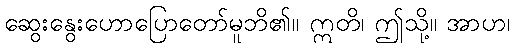
ဆွေးနွေးဟောပြောတော်မူဘိ၏။ ဣတိ၊ ဤသို့။ အာဟ၊